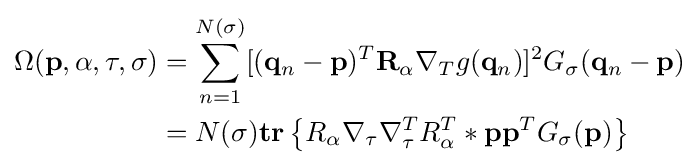
{\begin{aligned}\Omega (\mathbf {p} ,\alpha ,\tau ,\sigma )&=\sum _{n=1}^{N(\sigma )}[(\mathbf {q} _{n}-\mathbf {p} )^{T}\mathbf {R} _{\alpha }\mathbf {\nabla } _{T}g(\mathbf {q} _{n})]^{2}G_{\sigma }(\mathbf {q} _{n}-\mathbf {p} )\\&=N(\sigma )\mathbf {tr} \left\{R_{\alpha }\mathbf {\nabla } _{\tau }\mathbf {\nabla } _{\tau }^{T}R_{\alpha }^{T}*\mathbf {p} \mathbf {p} ^{T}G_{\sigma }(\mathbf {p} )\right\}\end{aligned}}